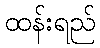
ထန်းရည်